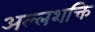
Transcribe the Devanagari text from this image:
अल्लशक्ति